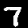
Label: 7